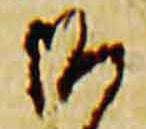
御